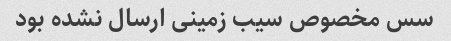
سس مخصوص سیب زمینی ارسال نشده بود